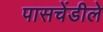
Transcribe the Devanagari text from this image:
पासचेंडीले